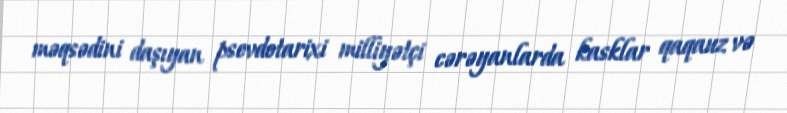
məqsədini daşıyan psevdotarixi milliyətçi cərəyanlarda kasklar qaqauz və